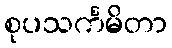
စုပသင်္ကမိတာ